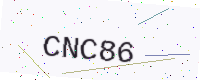
Text: CNC86